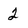
Character: 2